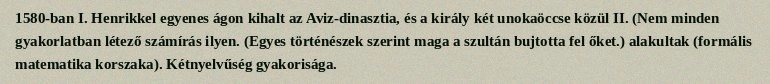
1580-ban I. Henrikkel egyenes ágon kihalt az Aviz-dinasztia, és a király két unokaöccse közül II. (Nem minden gyakorlatban létező számírás ilyen. (Egyes történészek szerint maga a szultán bujtotta fel őket.) alakultak (formális matematika korszaka). Kétnyelvűség gyakorisága.